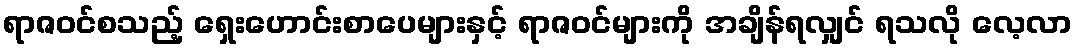
ရာဇဝင်စသည့် ရှေးဟောင်းစာပေများနှင့် ရာဇဝင်များကို အချိန်ရလျှင် ရသလို လေ့လာ